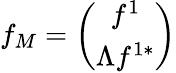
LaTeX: f_{M}=\left(\begin{array}{c}{{f^{1}}}\\ {{\Lambda f^{1*}}}\end{array}\right)